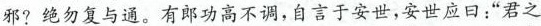
邪?绝勿复与通，有郎功高不调，自言于安世，安世应曰；”君之